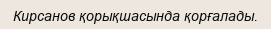
Кирсанов қорықшасында қорғалады.